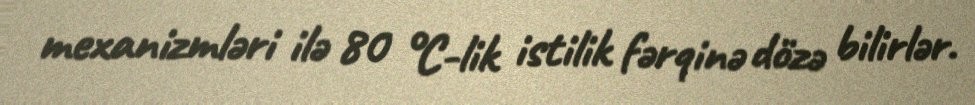
mexanizmləri ilə 80 °C-lik istilik fərqinə dözə bilirlər.